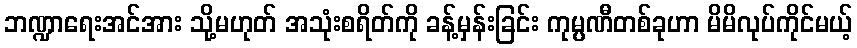
ဘဏ္ဍာရေးအင်အား သို့မဟုတ် အသုံးစရိတ်ကို ခန့်မှန်းခြင်း ကုမ္ပဏီတစ်ခုဟာ မိမိလုပ်ကိုင်မယ့်